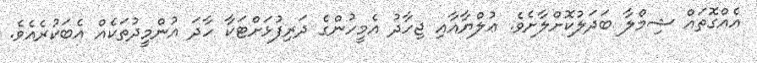
އެއްގޮތައް ޝިމްލާ ބަދަލުކޮށްލާށެވެ. ޢުލްޔާއާއި ޖިހާދު އެމީހުންގެ ދަރިފުޅަށްޓަކާ ހާދަ އުންމީދުތަކެއް އެބަކުރެއެވެ.